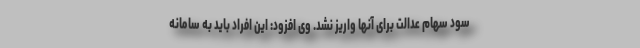
سود سهام عدالت برای آنها واریز نشد. وی افزود: این افراد باید به سامانه